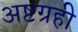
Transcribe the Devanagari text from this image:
अष्टग्रही